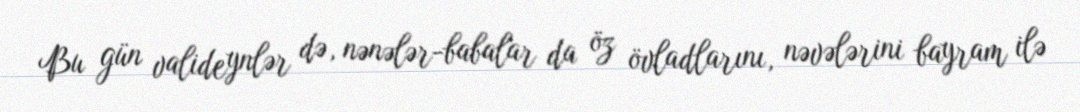
Bu gün valideynlər də, nənələr-babalar da öz övladlarını, nəvələrini bayram ilə